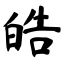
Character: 皓